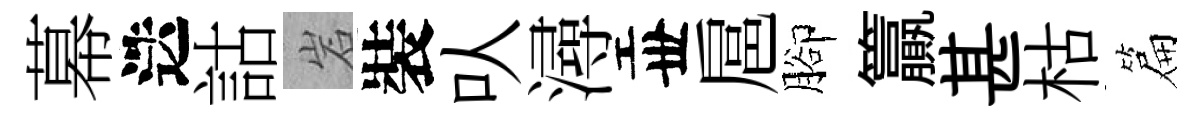
幕迭詁岩裝㕥潯丗扈腳籯甚枯篇